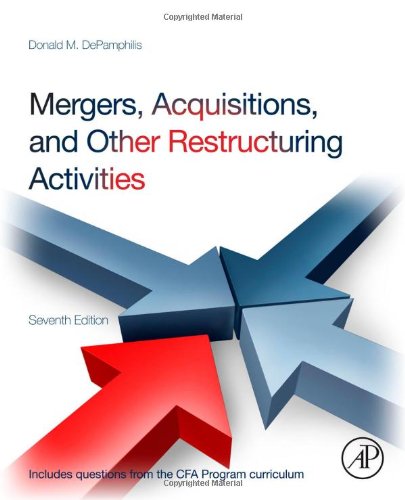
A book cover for Mergers, Acquisitions, and Other Restructuring Activities, Seventh Edition; Donald DePamphilis; Business & Money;